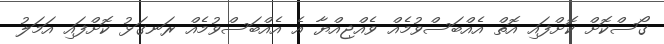
ގޯސްކޮށް ކޮށްފައި އޮތް އެއްބަސްވުމެއް ވެއްޖިއްޔާ އެ އެއްބަސްވުމެއް ރަނގަޅު ކޮށްފައި އަމަލު